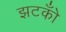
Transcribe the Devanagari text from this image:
झटकोँ